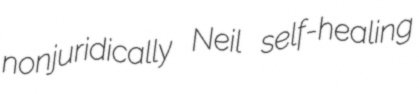
nonjuridically Neil self-healing